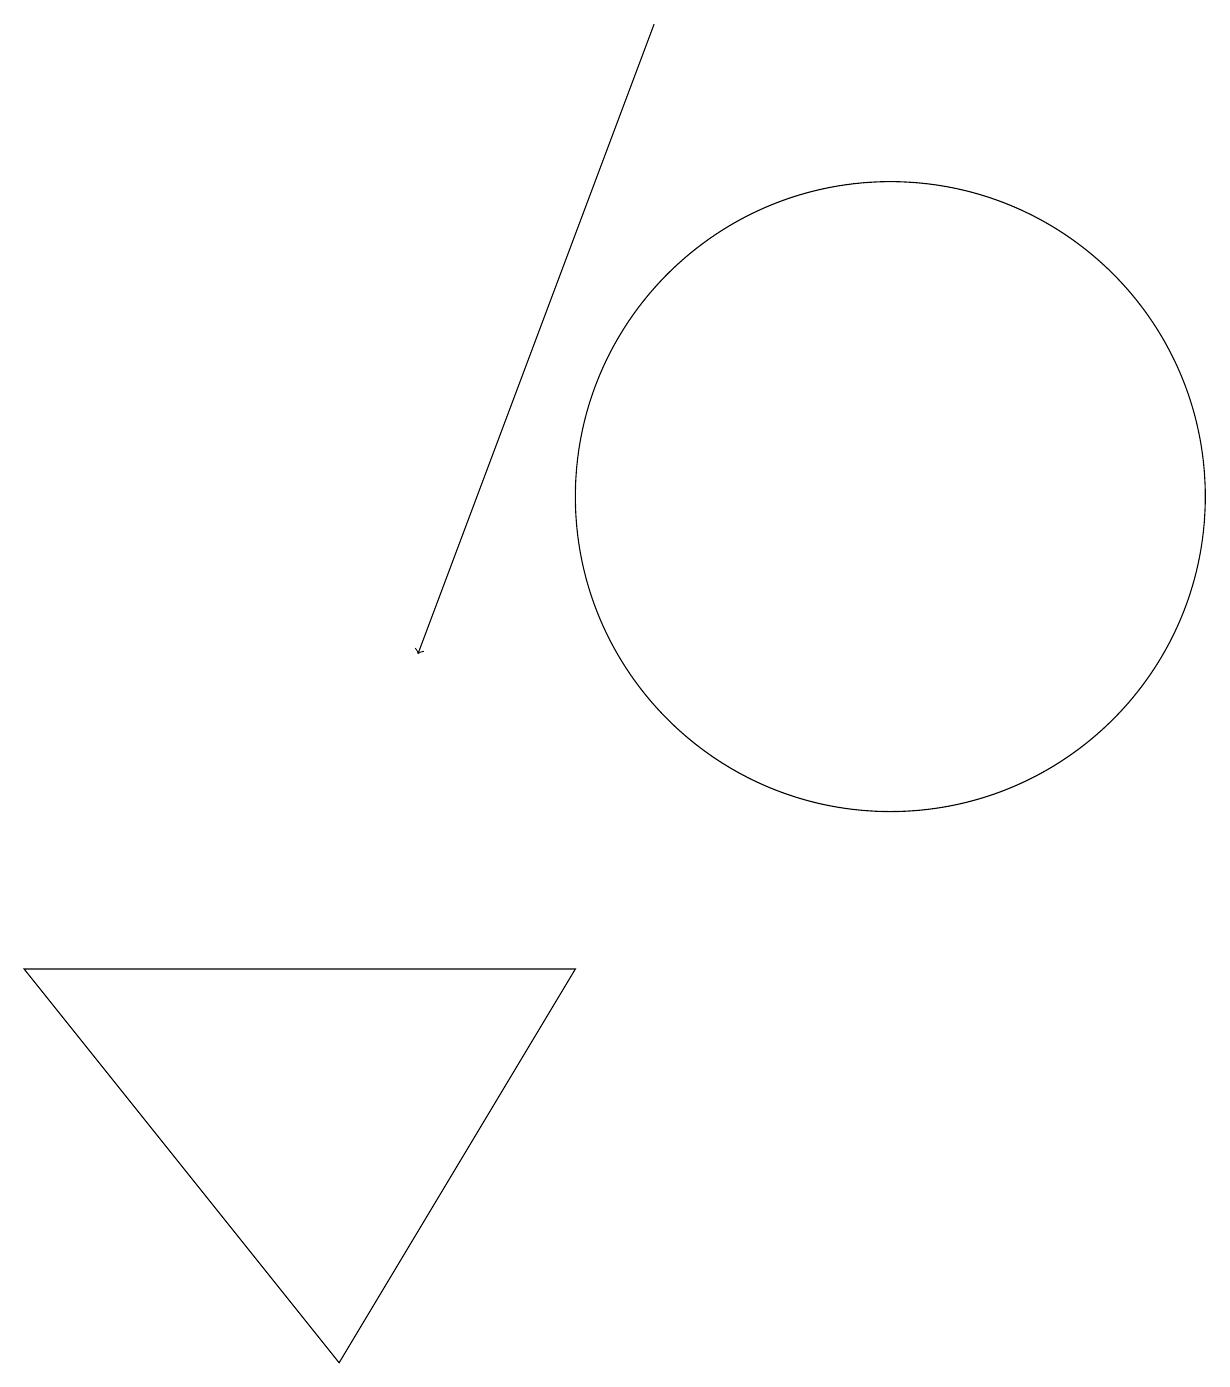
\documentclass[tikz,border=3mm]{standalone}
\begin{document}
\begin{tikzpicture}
\draw (7,6) -- (0,6) -- (4,1) -- cycle;
\draw (11,12) circle (4);
\draw[->] (8,18) -- (5,10);
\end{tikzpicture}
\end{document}